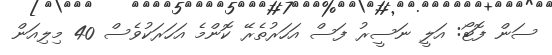
ސަން ފޮޓޯ: އަލީ ނަސީރު ފަސް އަހަރުތެރޭ ކޮންމެ އަހަރަކުވެސް 40 މިލިއަން